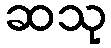
ဆသု